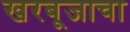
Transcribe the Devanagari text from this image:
खरबूजाचा